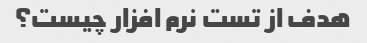
هدف از تست نرم افزار چیست؟